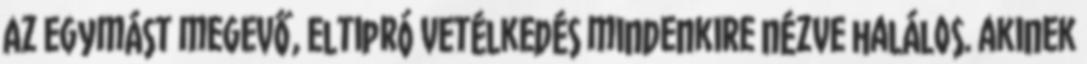
Az egymást megevő, eltipró vetélkedés mindenkire nézve halálos. akinek